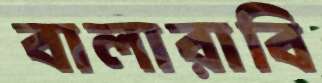
বালারাবি